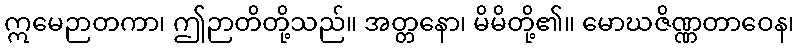
ဣမေဉာတကာ၊ ဤဉာတိတို့သည်။ အတ္တနော၊ မိမိတို့၏။ မောဃဇိဏ္ဏတာဝေန၊